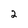
Character: 2